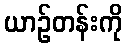
ယာဉ်တန်းကို